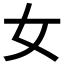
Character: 女